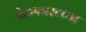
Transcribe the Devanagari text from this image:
बेलफास्टच्या